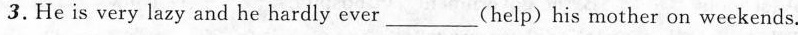
3.He is very lazy and he hardly ever___(help)his mother on weekends.